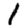
Digit: 1